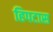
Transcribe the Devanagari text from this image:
हिपटास